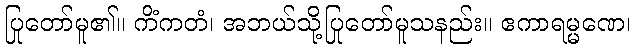
ပြုတော်မူ၏။ ကိံကတံ၊ အဘယ်သို့ပြုတော်မူသနည်း။ ဧကာရမ္မဏေ၊